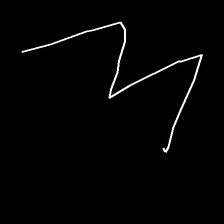
Glyph: crush